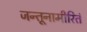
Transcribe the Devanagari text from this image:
जन्तूनामीरितं